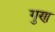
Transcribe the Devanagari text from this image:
गुण